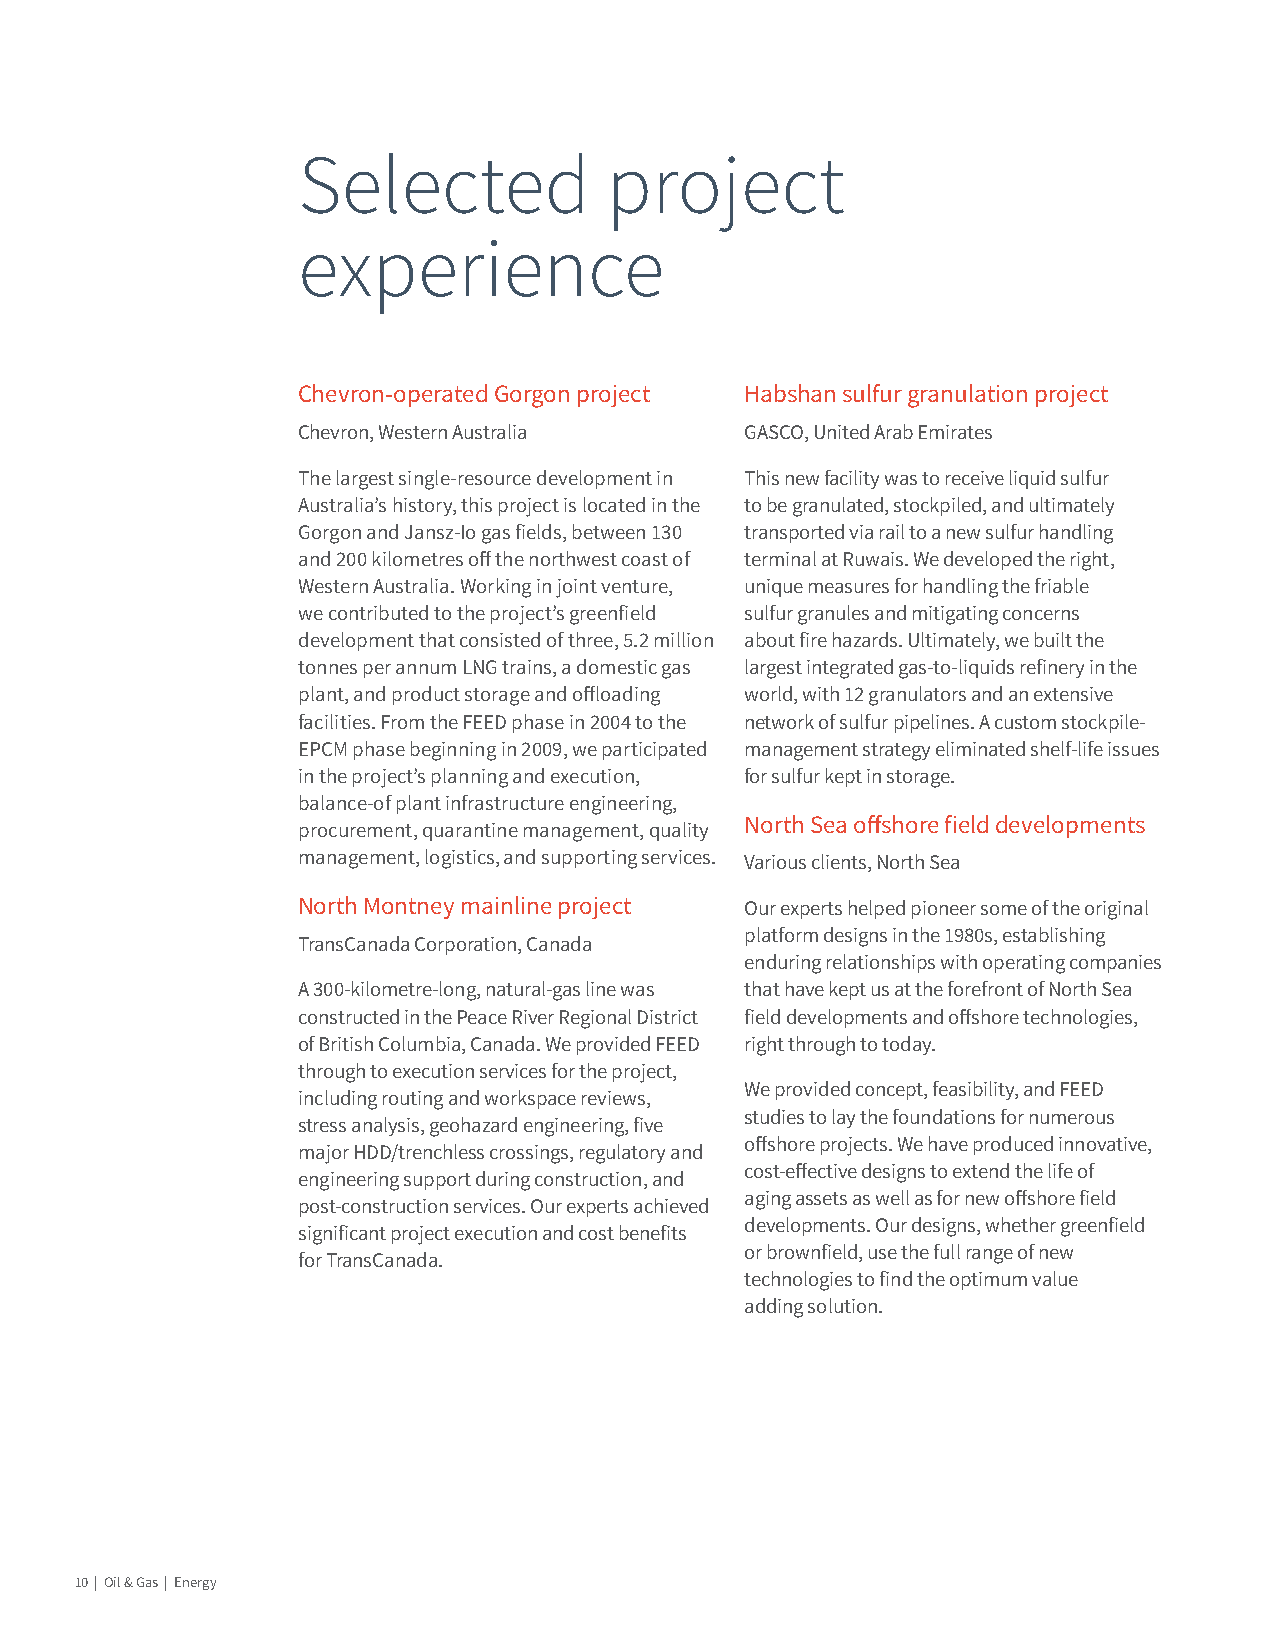
Selected            project
 experience
 Chevron-operated Gorgon project Habshan sulfur granulation project
 Chevron, Western Australia   GASCO, United Arab Emirates
 The largest single-resource development in This new facility was to receive liquid sulfur
 Australia’s history, this project is located in the to be granulated, stockpiled, and ultimately
 Gorgon and Jansz-Io gas fields, between 130 transported via rail to a new sulfur handling
 and 200 kilometres off the northwest coast of terminal at Ruwais. We developed the right,
 Western Australia. Working in joint venture, unique measures for handling the friable
 we contributed to the project’s greenfield sulfur granules and mitigating concerns
 development that consisted of three, 5.2 million about fire hazards. Ultimately, we built the
 tonnes per annum LNG trains, a domestic gas largest integrated gas-to-liquids refinery in the
 plant, and product storage and offloading world, with 12 granulators and an extensive
 facilities. From the FEED phase in 2004 to the network of sulfur pipelines. A custom stockpile-
 EPCM phase beginning in 2009, we participated management strategy eliminated shelf-life issues
 in the project’s planning and execution, for sulfur kept in storage.
 balance-of plant infrastructure engineering,
 North Sea offshore field developments
 procurement, quarantine management, quality
 management, logistics, and supporting services. Various clients, North Sea
 North Montney mainline project Our experts helped pioneer some of the original
 platform designs in the 1980s, establishing
 TransCanada Corporation, Canada
 enduring relationships with operating companies
 A 300-kilometre-long, natural-gas line was that have kept us at the forefront of North Sea
 constructed in the Peace River Regional District field developments and offshore technologies,
 of British Columbia, Canada. We provided FEED right through to today.
 through to execution services for the project,
 We provided concept, feasibility, and FEED
 including routing and workspace reviews,
 studies to lay the foundations for numerous
 stress analysis, geohazard engineering, five
 offshore projects. We have produced innovative,
 major HDD/trenchless crossings, regulatory and
 cost-effective designs to extend the life of
 engineering support during construction, and
 aging assets as well as for new offshore field
 post-construction services. Our experts achieved
 developments. Our designs, whether greenfield
 significant project execution and cost benefits
 or brownfield, use the full range of new
 for TransCanada.
 technologies to find the optimum value
 adding solution.
 10 | Oil & Gas | Energy